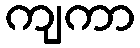
ကျကာ